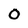
Character: 0